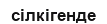
сілкігенде